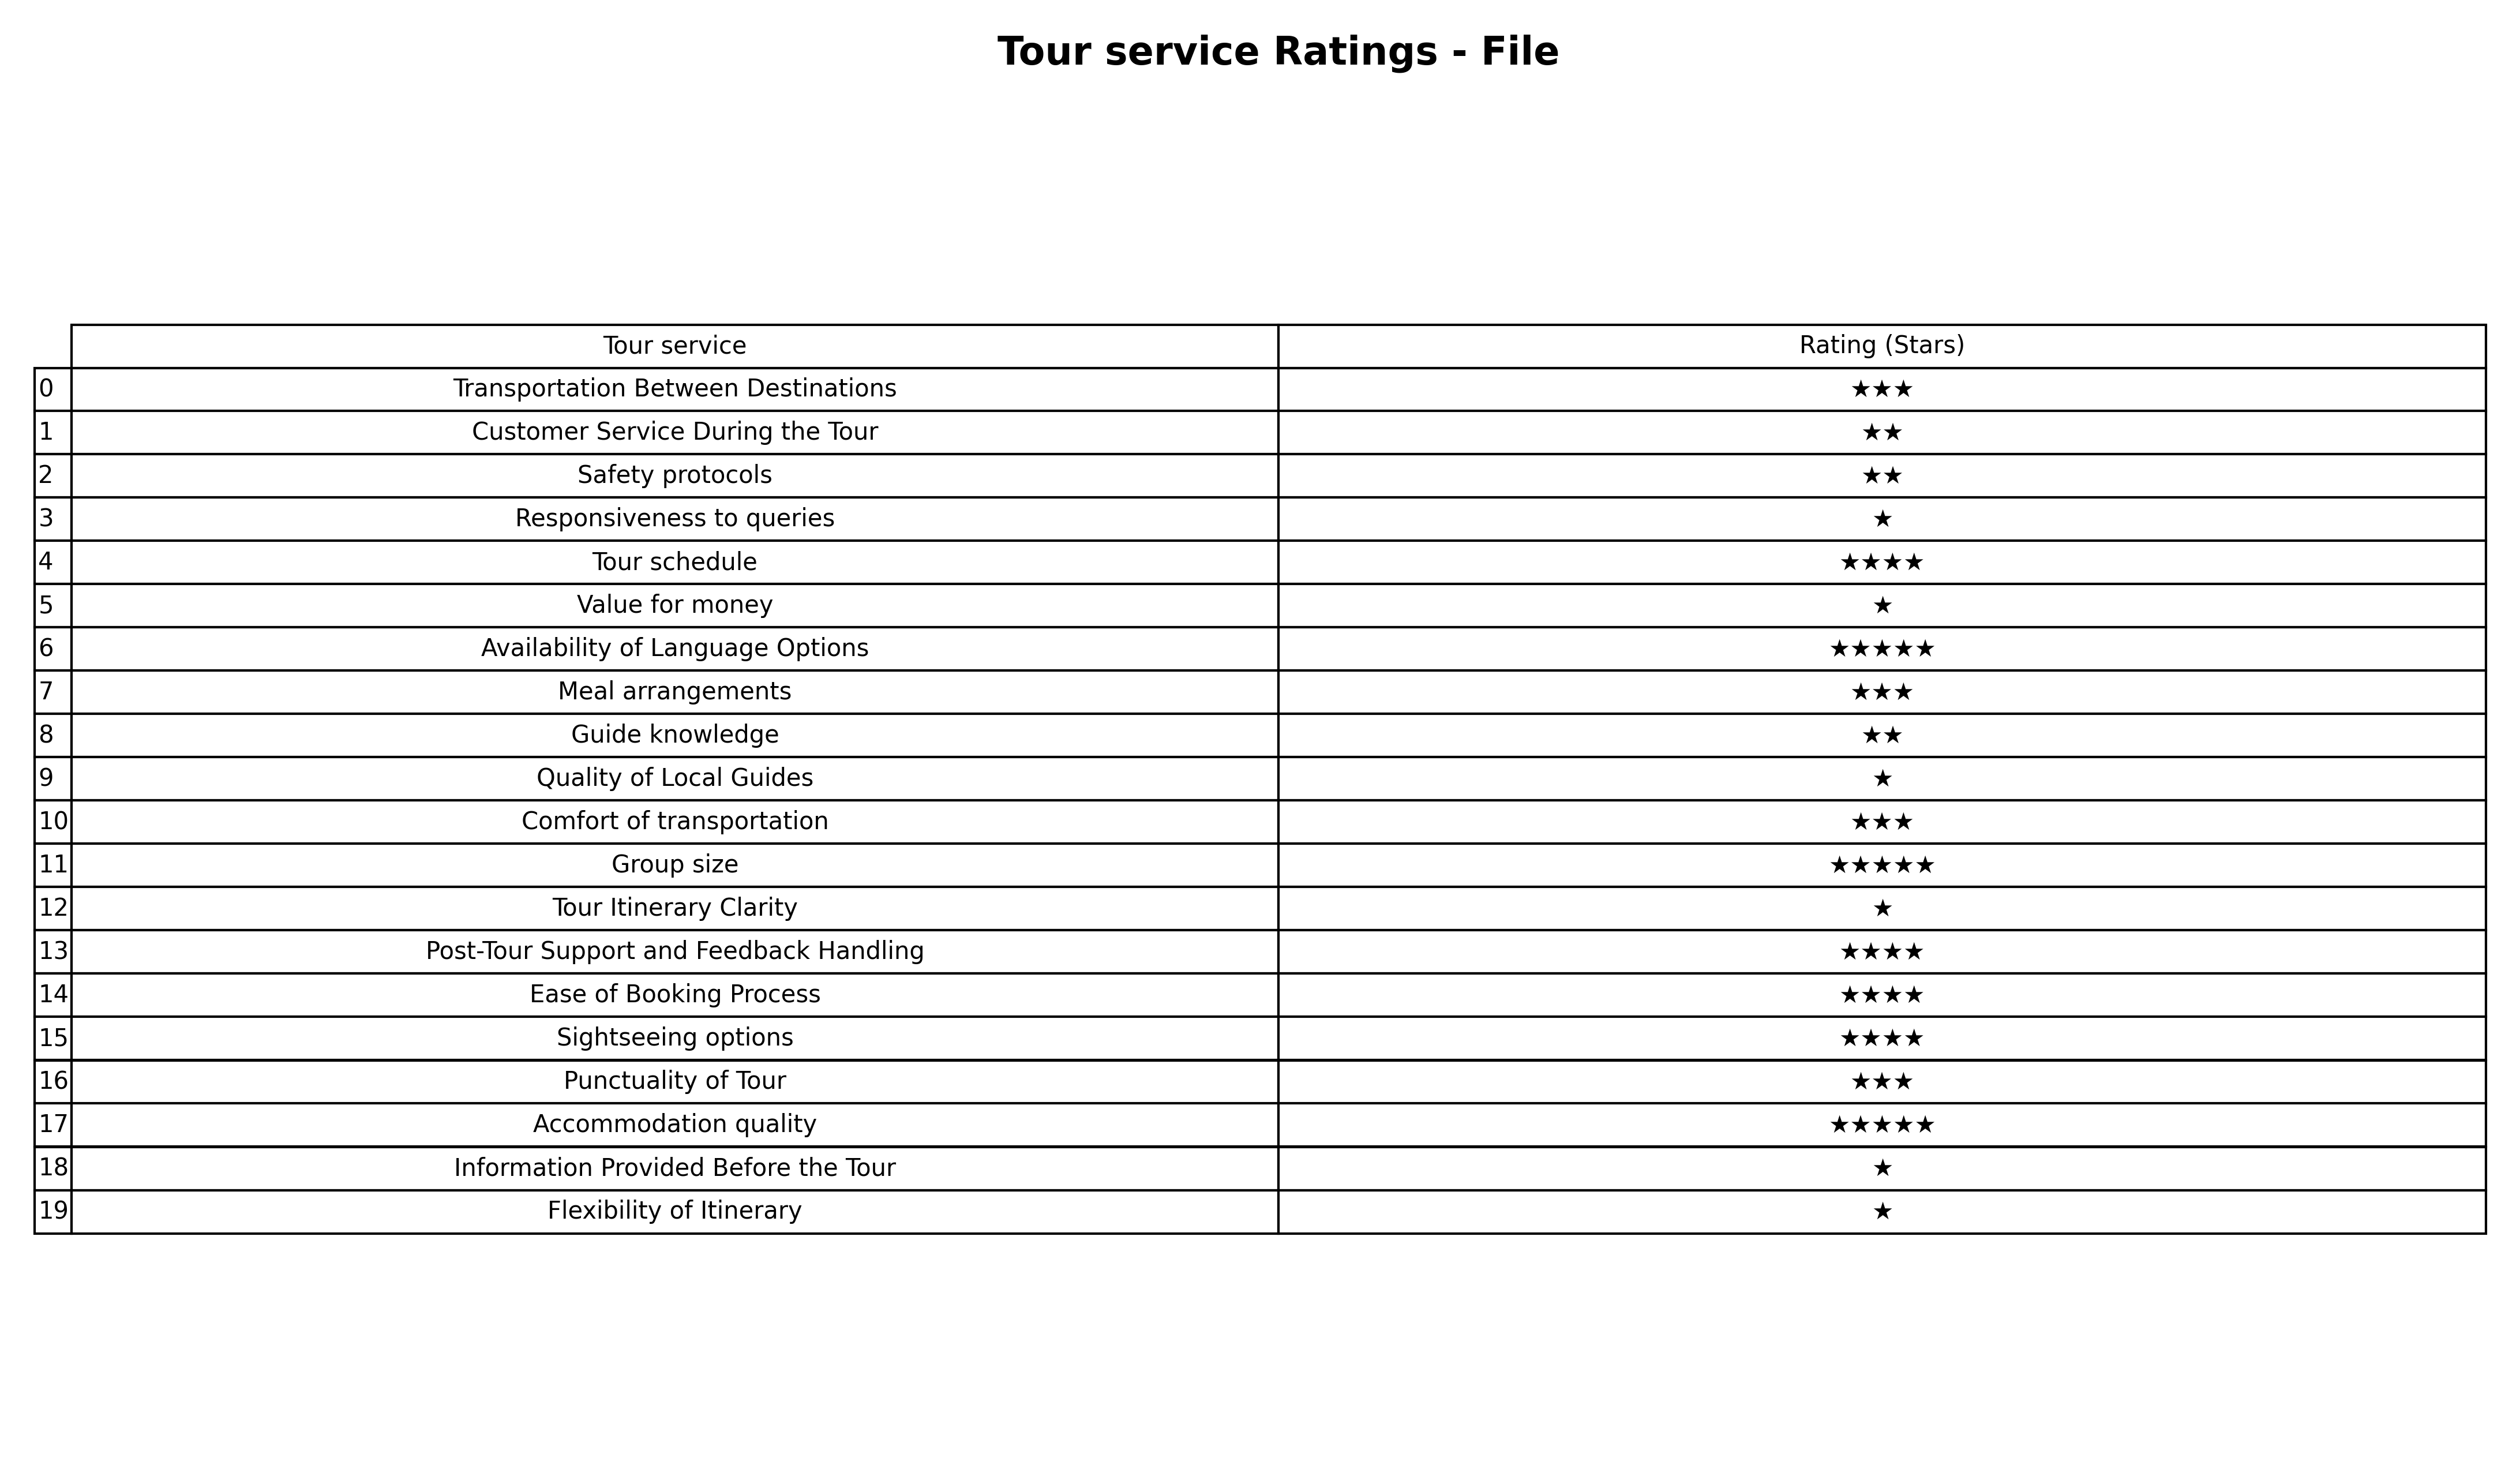
question: What are five star services?
answer: Availability of Language OptionsGroup sizeAccommodation quality